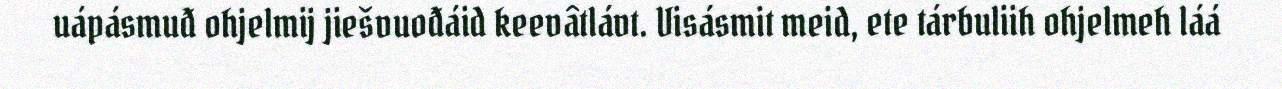
uápásmuđ ohjelmij jiešvuođáid keevâtlávt. Visásmit meid, ete tárbuliih ohjelmeh láá